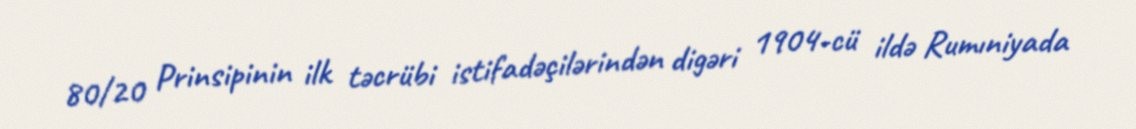
80/20 Prinsipinin ilk təcrübi istifadəçilərindən digəri 1904-cü ildə Rumıniyada